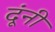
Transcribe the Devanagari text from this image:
दूंनी